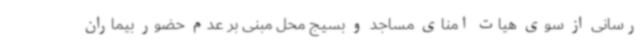
رسانی از سوی هیات امنای مساجد و بسیج محل مبنی بر عدم حضور بیماران